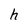
Character: h